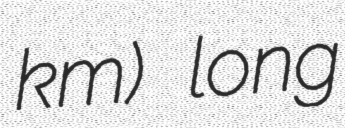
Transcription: km) long